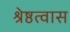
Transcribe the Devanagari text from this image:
श्रेष्ठत्वास